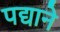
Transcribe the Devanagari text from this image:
पद्याने